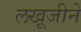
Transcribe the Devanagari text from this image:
लखूजीने